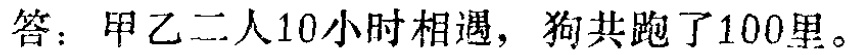
答：甲乙二人10小时相遇，狗共跑了100里。